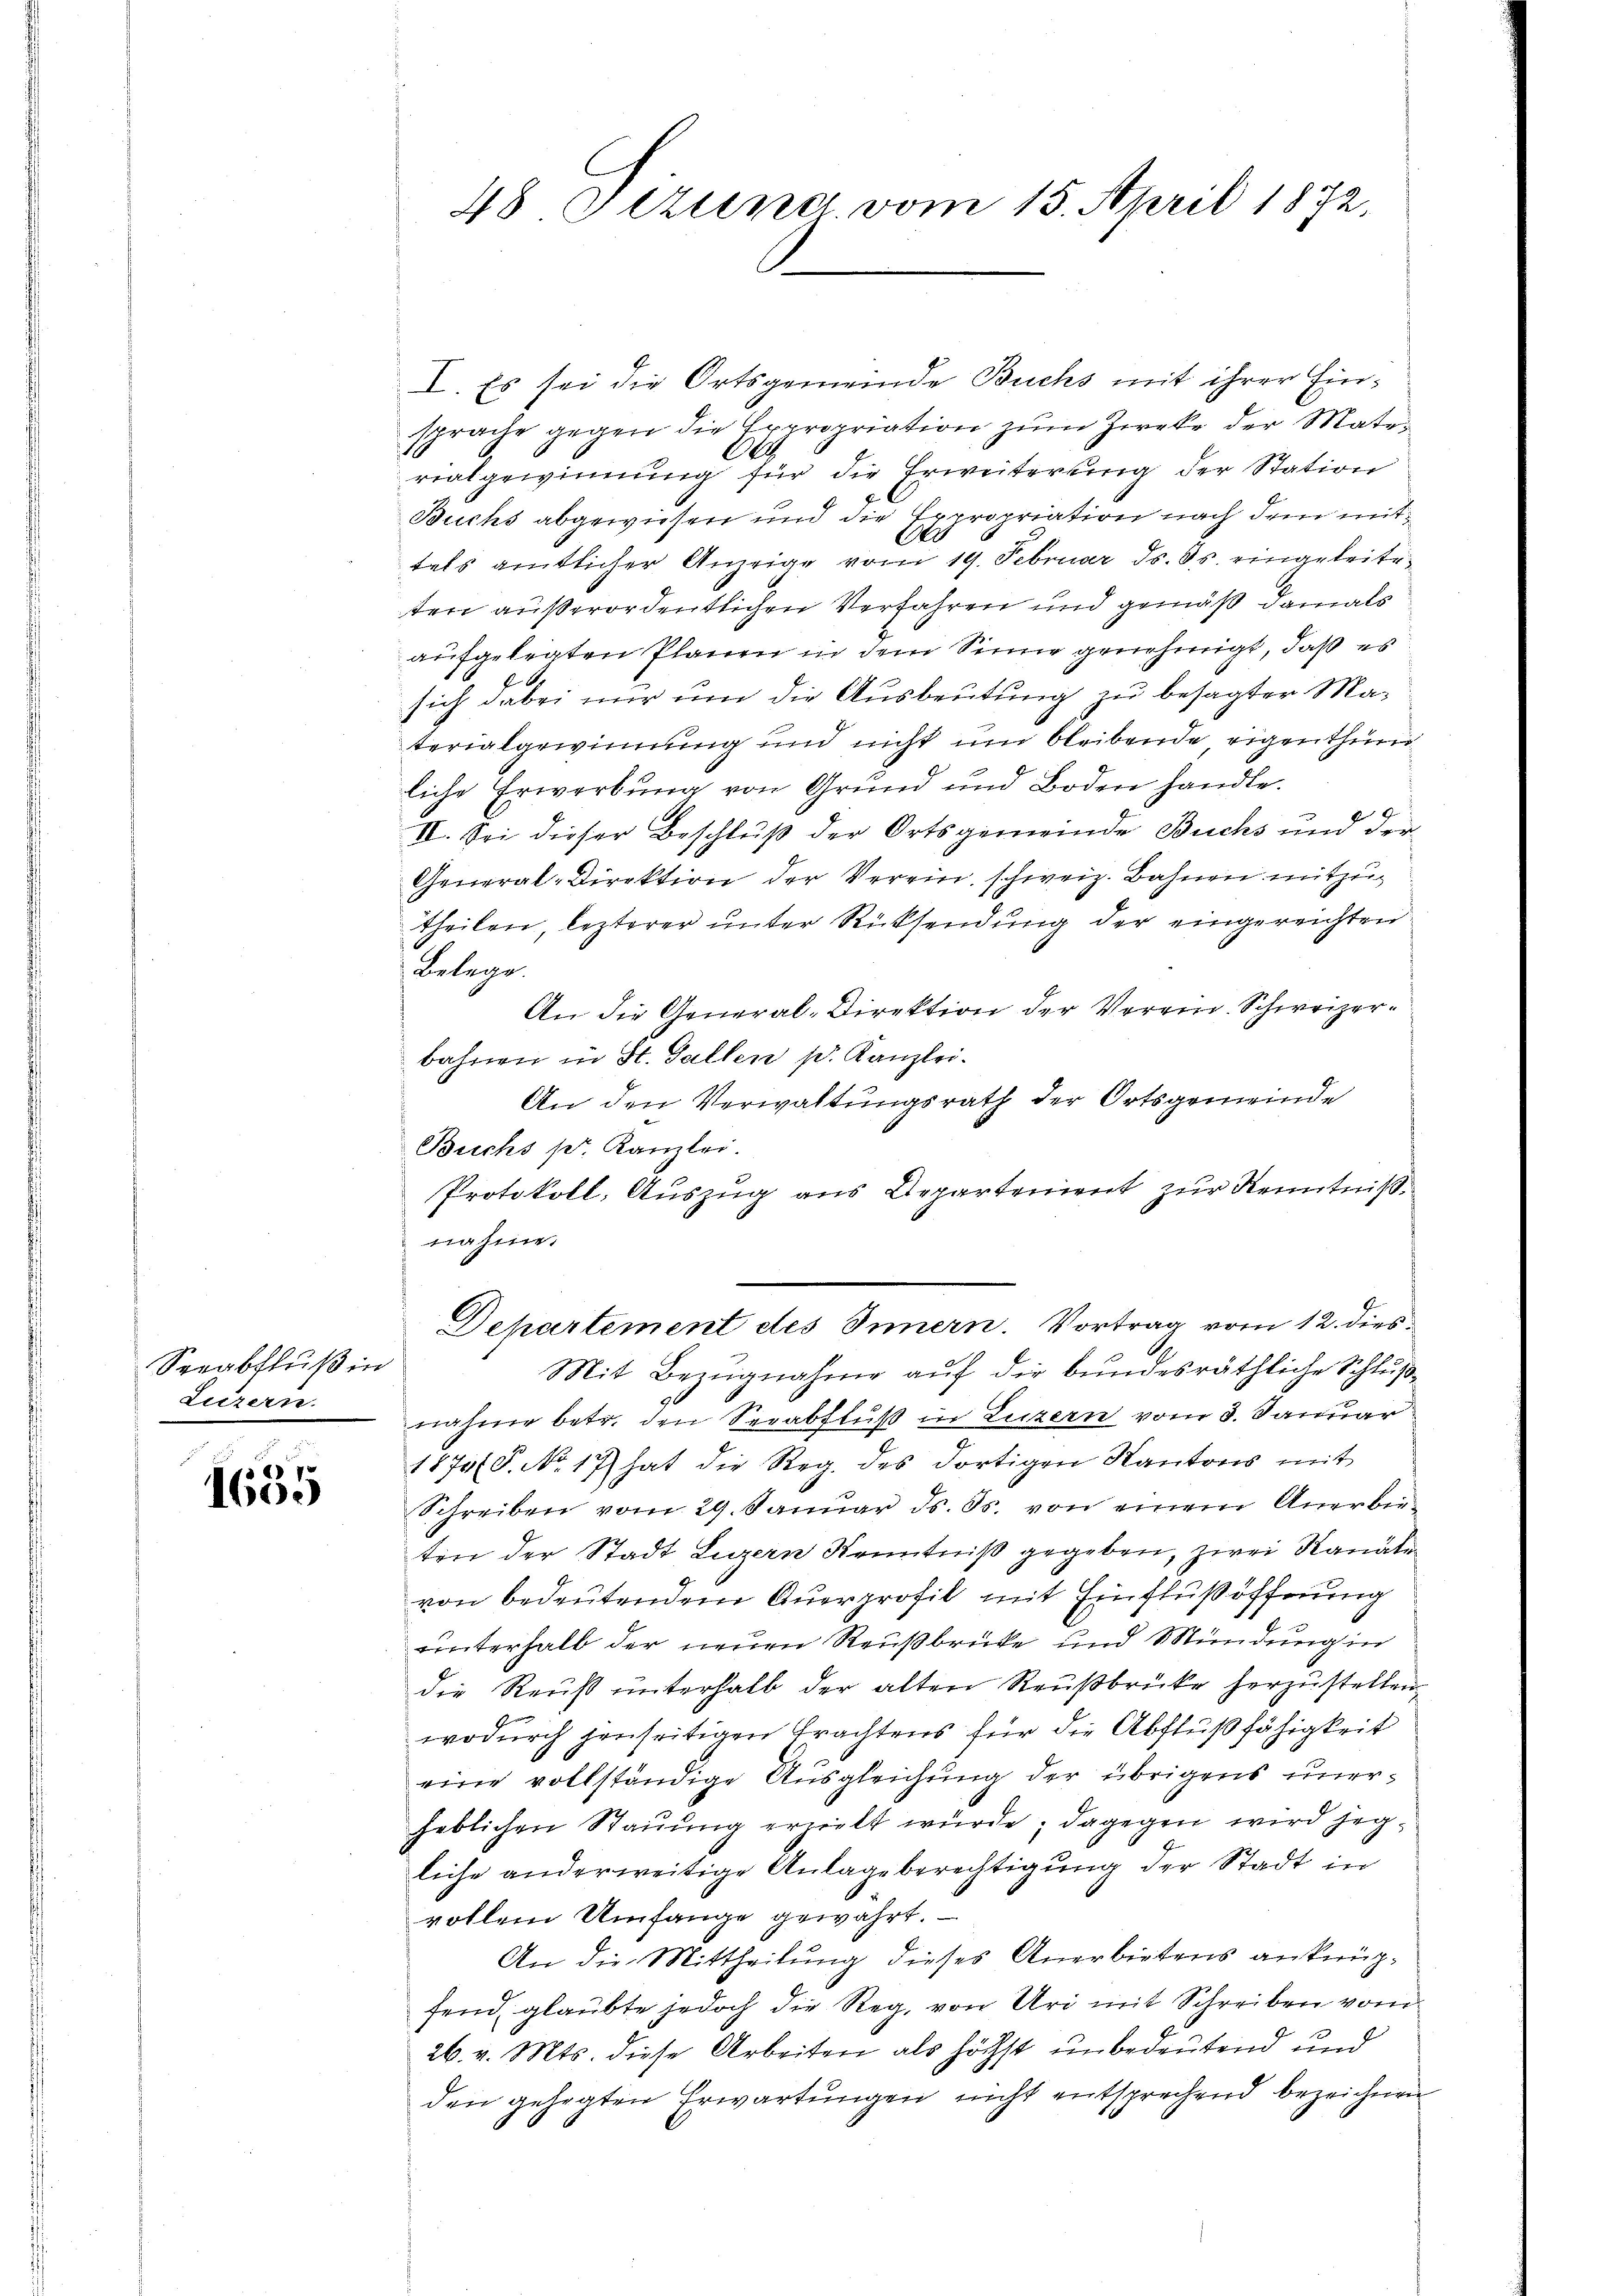
Seeabfluß in
Luzern.

.
va 6 7
1600

48 Stzung, vom 15. April 1872,

I. Es sei die Ortsgemeinde Buchs mit ihrer Einsprache gegen die Expropriation zŭm Zwecke der Mate-
rialgewinnung für die Erweiterung der Station
Buchs abgewiesen und die Expropriation nach dem mit¬
76
tels amtlicher Anzeige vom 19. Februar d. Js. eingeleiteten außerordentlichen Verfahren und gemäß damals
aufgelegten Planen in dem Sinne genehmigt, daß es
sich dabei nur um die Ausbeutung zu besagter Materialgewinnung und nicht um bleibende eigenthum
liche Erwerbung von Grund und Boden handle.
II. Sei dieser Beschluß der Ortsgemeinde Buchs und der
General-Direktion der Verein, schweiz. Bahnen mitzutheilen, lezterer unter Rücksendung der eingereichten
Belege.
An die General-Direktion der Verein. Schweizerbahren in St. Gallen pr. Kanzlei.
An den Verwaltungsrath der Ortsgemeinde
Buchs pr. Kanzlei.
Protokoll, Auszug aus Departement zur Kenntniß
nahme.
Departement des Innern. Vortrag vom 12. dies
Mit Bezugnahme auf die bundesräthliche Schlußnahme betr. den Serabfluß in Luzern vom 3. Januar
1874 (8. No. 17) hat die Reg. des dortigen Kantons mit
Schreiben vom 29. Janŭar ds. ds. von einem Anerbie-
ten der Stadt Luzern Kenntniß gegeben, zwei Kanale
von bedeutendem Querprofit mit Einflußöffnung
unterhalb der neuen Reußbrüke und Mündung in
die Reuß unterhalb der alten Reußbrücke herzustellen,
wodurch jenseitigen Trachtens für die Abflußfähigkeit
eine vollständige Ausgleichung der übrigens unerheblichen Stauung erhielt würde; dagegen wird jegliche anderweitige Anlage berechtigung der Stadt in
vollem Umfange gewährt.
An die Mittheilung dieses Anerbietens anknüpfend glaubte jedoch die Reg, von Uri mit Schreiben vom
26. v. Mts. diese Arbeiten als höchst unbedeutend und
den gehegten Erwartŭngen nicht entsprechend bezeichnen